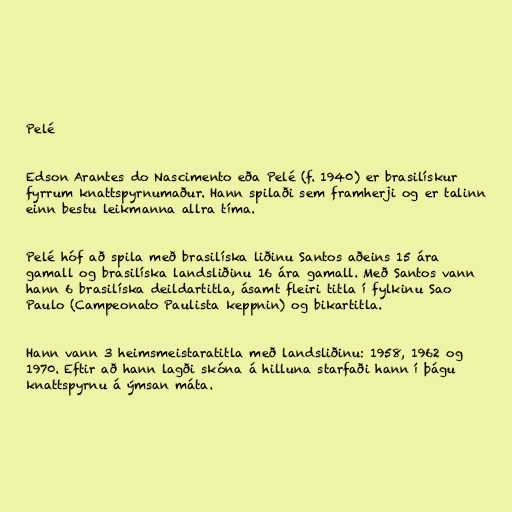
Pelé

Edson Arantes do Nascimento eða Pelé (f. 1940) er brasilískur
fyrrum knattspyrnumaður. Hann spilaði sem framherji og er talinn
einn bestu leikmanna allra tíma.

Pelé hóf að spila með brasilíska liðinu Santos aðeins 15 ára
gamall og brasilíska landsliðinu 16 ára gamall. Með Santos vann
hann 6 brasilíska deildartitla, ásamt fleiri titla í fylkinu Sao
Paulo (Campeonato Paulista keppnin) og bikartitla.

Hann vann 3 heimsmeistaratitla með landsliðinu: 1958, 1962 og
1970. Eftir að hann lagði skóna á hilluna starfaði hann í þágu
knattspyrnu á ýmsan máta.